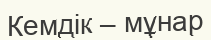
Кемдік – мұнар